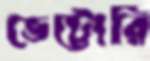
ভেট্টোরি